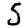
Digit: 5